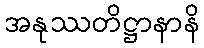
အနုဿတိဋ္ဌာနာနိ